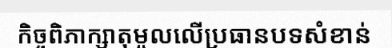
កិច្ចពិភាក្សាតុមូលលើប្រធានបទសំខាន់